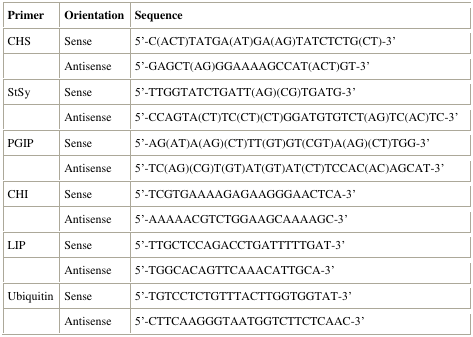
<table><thead><tr><td><b>Primer</b></td><td><b>Orientation</b></td><td><b>Sequence</b></td></tr></thead><tbody><tr><td>CHS</td><td>Sense</td><td>5′-C(ACT)TATGA(AT)GA(AG)TATCTCTG(CT)-3′</td></tr><tr><td></td><td>Antisense</td><td>5′-GAGCT(AG)GGAAAAGCCAT(ACT)GT-3′</td></tr><tr><td>StSy</td><td>Sense</td><td>5′-TTGGTATCTGATT(AG)(CG)TGATG-3′</td></tr><tr><td></td><td>Antisense</td><td>5′-CCAGTA(CT)TC(CT)(CT)GGATGTGTCT(AG)TC(AC)TC-3′</td></tr><tr><td>PGIP</td><td>Sense</td><td>5′-AG(AT)A(AG)(CT)TT(GT)GT(CGT)A(AG)(CT)TGG-3′</td></tr><tr><td></td><td>Antisense</td><td>5′-TC(AG)(CG)T(GT)AT(GT)AT(CT)TCCAC(AC)AGCAT-3′</td></tr><tr><td>CHI</td><td>Sense</td><td>5′-TCGTGAAAAGAGAAGGGAACTCA-3′</td></tr><tr><td></td><td>Antisense</td><td>5′-AAAAACGTCTGGAAGCAAAAGC-3′</td></tr><tr><td>LIP</td><td>Sense</td><td>5′-TTGCTCCAGACCTGATTTTTGAT-3′</td></tr><tr><td></td><td>Antisense</td><td>5′-TGGCACAGTTCAAACATTGCA-3′</td></tr><tr><td>Ubiquitin</td><td>Sense</td><td>5′-TGTCCTCTGTTTACTTGGTGGTAT-3′</td></tr><tr><td></td><td>Antisense</td><td>5′-CTTCAAGGGTAATGGTCTTCTCAAC-3′</td></tr></tbody></table>